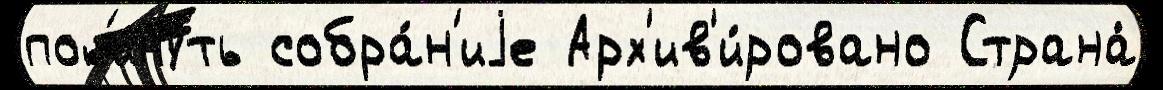
пок'и́нуть собра́н'иjе Арх'ив'и́ровано Страна́